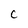
Character: c